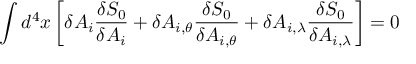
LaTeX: \int d ^ { 4 } x \left[ \delta A _ { i } \frac { \delta S _ { 0 } } { \delta A _ { i } } + \delta A _ { i , \theta } \frac { \delta S _ { 0 } } { \delta A _ { i , \theta } } + \delta A _ { i , \lambda } \frac { \delta S _ { 0 } } { \delta A _ { i , \lambda } } \right] = 0